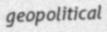
geopolitical